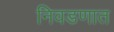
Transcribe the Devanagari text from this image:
निवडणात